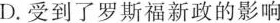
D.受到了罗斯福新政的影响